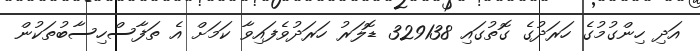
އަދި ހިންގުމުގެ ހަރަދުގެ ގޮތުގައި 329138 ޑޮލަރު ހަރަދުވެފައިވާ ކަމަށް އެ ތަފާސްހިސާބުތަކުން